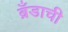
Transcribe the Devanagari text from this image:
ब्रँडाची